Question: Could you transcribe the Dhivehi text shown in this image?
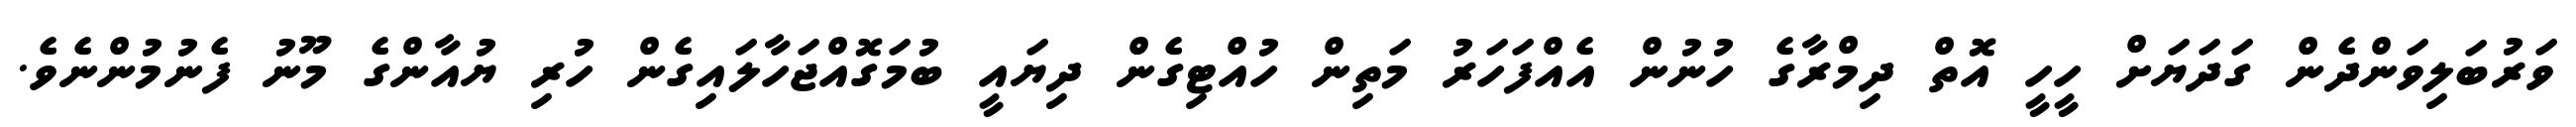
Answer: ވަރުބަލިވަންދެން ގަދަޔަށް ހީހީ އޮތް ދިމްރާގެ ހުނުން އެއްފަހަރު މަތިން ހުއްޓިގެން ދިޔައީ ބުމަގޮއްޖަހާލައިގެން ހުރި ޔުއާންގެ މޫނު ފެނުމުންނެވެ.